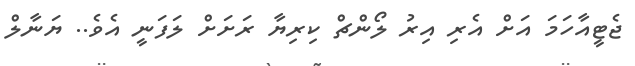
ޖެޓީއާހަމަ އަށް އެރި އިރު ލޯންޗް ކިރިޔާ ރަށަށް ލަފަނީ އެވެ.. ޔަނާލް